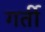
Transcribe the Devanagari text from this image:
गर्ती